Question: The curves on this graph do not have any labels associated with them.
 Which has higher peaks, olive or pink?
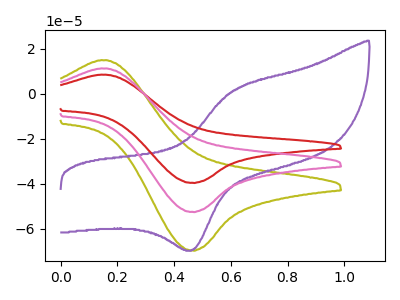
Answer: <think>The olive curve "olive" has an anodic peak at (0.15V, 14.95uA) and a cathodic peak at (0.45V, -69.50uA). The purple curve "purple" has an anodic peak at (0.60V, 1.50uA) and a cathodic peak at (0.45V, -69.30uA). The red curve "red" has an anodic peak at (0.15V, 22.50uA) and a cathodic peak at (0.45V, -104.80uA). The pink curve "pink" has an anodic peak at (0.15V, 11.25uA) and a cathodic peak at (0.45V, -52.40uA).</think>
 <answer>Every peak in "olive" is higher than every peak in "pink".</answer>
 <eval>higher</eval>